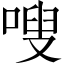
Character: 嗖